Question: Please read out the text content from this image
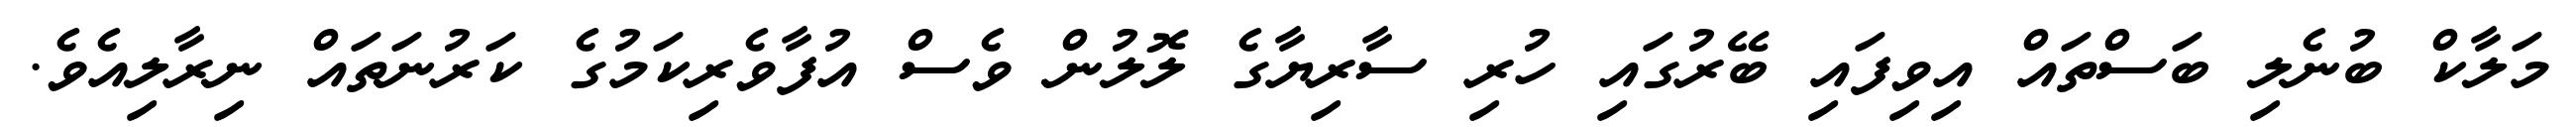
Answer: މަލާކް ބުނެލި ބަސްތައް އިވިފައި ބޭރުގައި ހުރި ސާރިޔާގެ ލޮލުން ވެސް އުފާވެރިކަމުގެ ކަރުނަތައް ނިރާލިއެވެ.